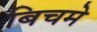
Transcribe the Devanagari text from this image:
बिचमे